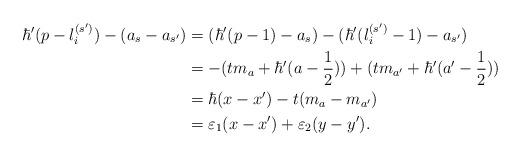
LaTeX: \begin{align*}\hbar'(p - l_{i}^{(s')}) - (a_s - a_{s'}) &= (\hbar'(p - 1) - a_{s}) - (\hbar'(l_{i}^ {(s')} - 1) - a_{s'}) \\&= - (t m_a + \hbar'(a - \dfrac{1}{2})) + (t m_{a'} + \hbar'(a' - \dfrac{1}{2})) \\&= \hbar(x - x') - t (m_a - m_{a'}) \\&= \varepsilon_1 (x - x') + \varepsilon_2 (y - y').\end{align*}